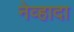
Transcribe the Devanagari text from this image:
नेव्हादा